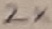
Text: 2X